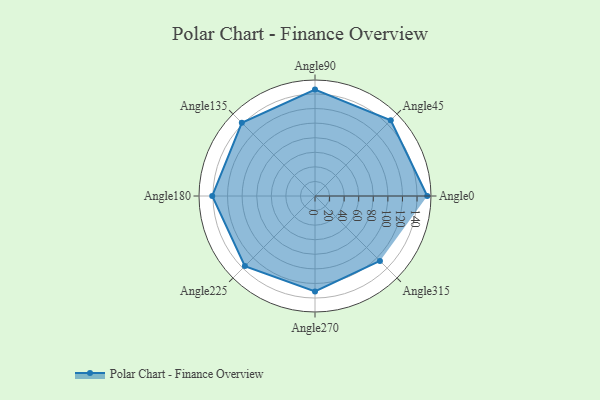
{"axis": {"x": "Angle", "y": "Radius"}, "legend": [""], "data": [{"x": "Angle0", "y": 154.0, "type": ""}, {"x": "Angle45", "y": 147.0, "type": ""}, {"x": "Angle90", "y": 146.0, "type": ""}, {"x": "Angle135", "y": 142.0, "type": ""}, {"x": "Angle180", "y": 141.0, "type": ""}, {"x": "Angle225", "y": 136.0, "type": ""}, {"x": "Angle270", "y": 131.0, "type": ""}, {"x": "Angle315", "y": 126.0, "type": ""}]}